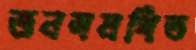
জনসমর্থিত